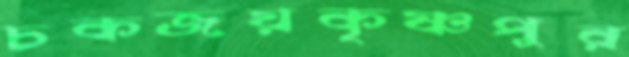
চকজয়কৃষ্ণপুর